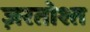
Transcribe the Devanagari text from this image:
ज़रतोश्त